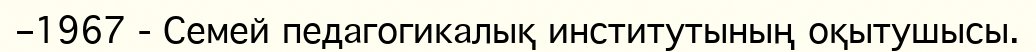
–1967 - Семей педагогикалық институтының оқытушысы.